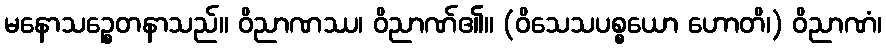
မနောသဉ္စေတနာသည်။ ဝိညာဏဿ၊ ဝိညာဏ်၏။ (ဝိသေသပစ္စယော ဟောတိ၊) ဝိညာဏံ၊